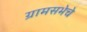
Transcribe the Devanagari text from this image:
ग्रामसभेचे